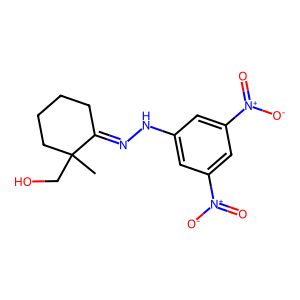
SMILES: CC1(CO)CCCCC1=NNc1cc([N+](=O)[O-])cc([N+](=O)[O-])c1
Inhibits HIV replication: Yes